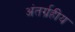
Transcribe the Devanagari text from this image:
अंतर्ग्रहीय